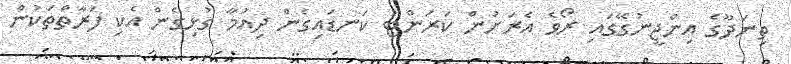
ތިނަދޫގެ އިންޖީނުގޭގައި ރޯވެ އެރަށުން ކަރަންޓު ކަނޑައިގެން ދިއުމާ ގުޅިގެން އެކި ފަރާތްތަކުން